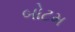
બોટમ